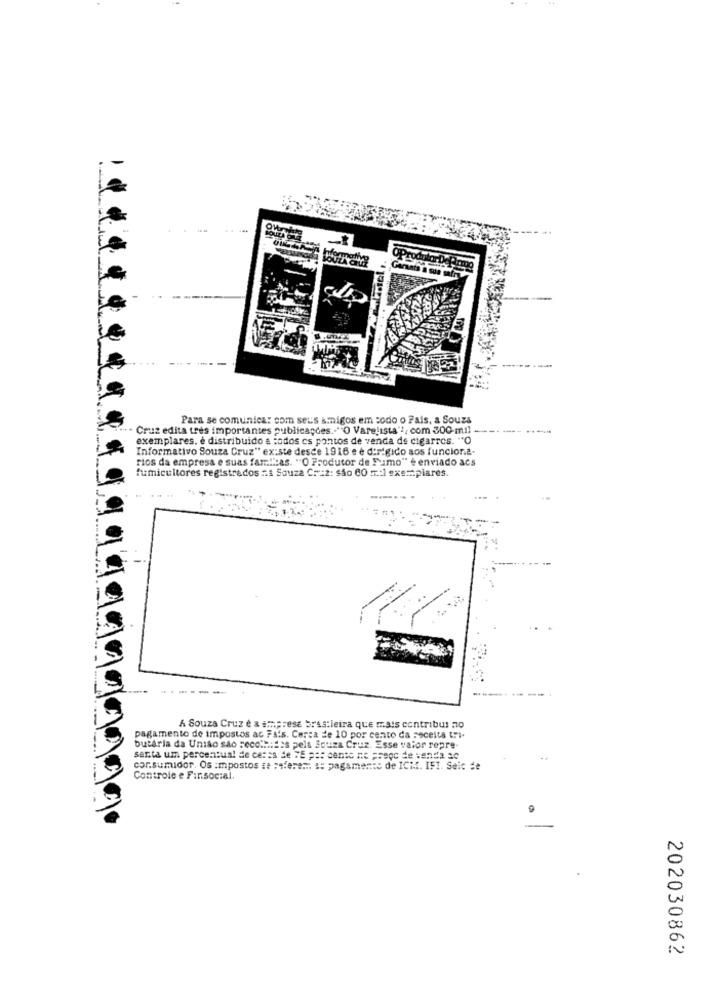
Para se comunica: com seus amigos em codo o Pais, a Souza
.... . Cruz edita tres importantes publicações .- "O Varelista"", com 300-mil
-----
exemplares, è distribuido a todos cs pontos de venda de cigarros. "O
Informativo Souza Cruz" ex:ste desce 1916 e è dirigido aos funciona
rics da empresa e suas famiicas. "O Produtor de Fumo" è enviado acs
fumicultores registrados "s Souza Craz: são 60 m .: ] exemplares.
A Souza Cruz e a empresa brasileira que mais contribui no
pagamento de impostos ac Fais. Cerca de 10 por cento da receita tri-
butaria da União são recolhidas pela Souza Cruz. Esse valor repre-
santa um percentual de ceres de WE per cento ne prego de venda ac
cor.sumidor. Os :mpostos se ;sere ::: :: pagamento de ICM. IFI. Seic de
Controle e Finsocial.
202030862